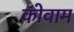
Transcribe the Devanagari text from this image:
कोवाम